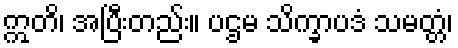
ဣတိ၊ အပြီးတည်း။ ပဌမ သိက္ခာပဒံ သမတ္တံ၊